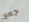
جمع